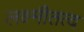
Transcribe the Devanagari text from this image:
लक्ष्मीतत्व